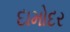
દામોદર